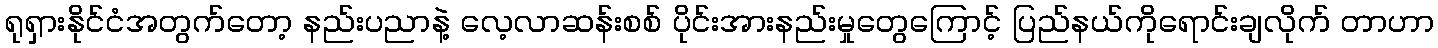
ရုရှားနိုင်ငံအတွက်တော့ နည်းပညာနဲ့ လေ့လာဆန်းစစ် ပိုင်းအားနည်းမှုတွေကြောင့် ပြည်နယ်ကိုရောင်းချလိုက် တာဟာ